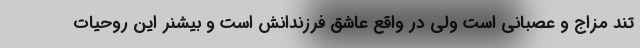
تند مزاج و عصبانی است ولی در واقع عاشق فرزندانش است و بیشنر این روحیات